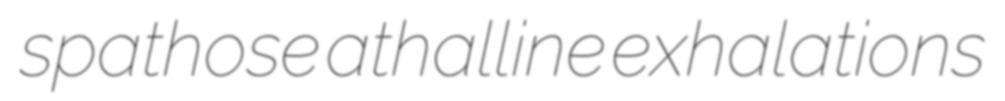
spathose athalline exhalations